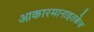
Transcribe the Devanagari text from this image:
आकारमानाइतकेच